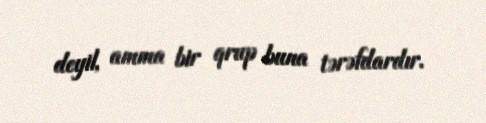
deyil, amma bir qrup buna tərəfdardır.